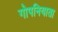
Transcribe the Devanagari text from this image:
गोपनियाता